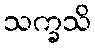
သက္ခသိ